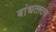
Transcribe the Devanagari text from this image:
बांधतातच